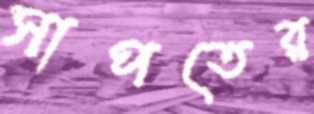
সাপতের